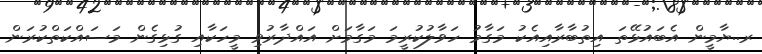
ރ..ޔާމީން އެބައުޅޭތަ އިތުބާރާއިއެކު މަގާމު ހަވާލުކުރީމަ މަގާމަށް އައްދާރުވި މީހަކާއި ގުޅިގެން މަސައްކަތްކުރަން